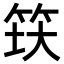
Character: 𬔺